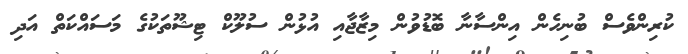
ކުރިންވެސް ބުނިހެން އިންސާނާ ބޮޑުވުން މިޒާޖާއި އުޅުން ސުލޫކް ޓިޝޫތަކުގެ މަސައްކަތް އަދި